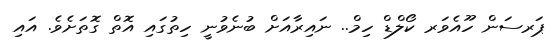
ޕަރސަން ހޫއެވަރ ކޯލްޑް ހިމް.. ނައިރާއަށް ބުނެވުނީ ހިތުގައި އޮތް ގޮތަށެވެ. އައި